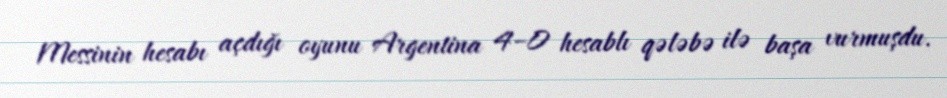
Messinin hesabı açdığı oyunu Argentina 4–0 hesablı qələbə ilə başa vurmuşdu.